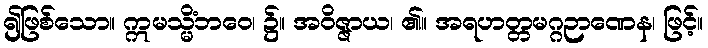
၍ဖြစ်သော။ ဣမသ္မိံဘဝေ၊ ၌။ အဝိဇ္ဇာယ၊ ၏။ အရဟတ္တမဂ္ဂဉာဏေန၊ ဖြင့်။